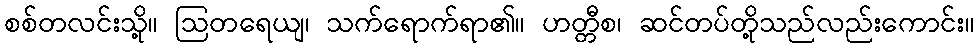
စစ်တလင်းသို့။ ဩတရေယျ၊ သက်ရောက်ရာ၏။ ဟတ္တီစ၊ ဆင်တပ်တို့သည်လည်းကောင်း။